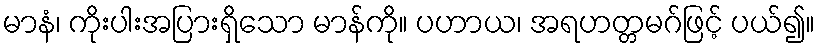
မာနံ၊ ကိုးပါးအပြားရှိသော မာန်ကို။ ပဟာယ၊ အရဟတ္တမဂ်ဖြင့် ပယ်၍။